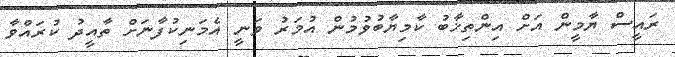
ރައީސް ޔާމީން އަށް އިންތިޚާބު ކާމިޔާބުވުމުން އުމަރު ވަނީ އެމަނިކުފާނަށް ތާއީދު ކުރައްވާ